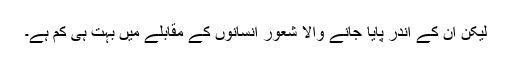
لیکن ان کے اندر پایا جانے والا شعور انسانوں کے مقابلے میں بہت ہی کم ہے۔